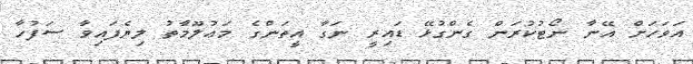
އަވަހަށް އޭނާ ނޯޓުކުރަން ގެންގުޅޭ ޑައިރީ ނަގާ އީތަންގެ މަޢުލޫމާތު ލިޔެފައިވާ ސަފުހާ